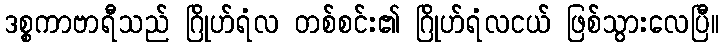
ဒစ္စကာဗာရီသည် ဂြိုဟ်ရံလ တစ်စင်း၏ ဂြိုဟ်ရံလငယ် ဖြစ်သွားလေပြီ။